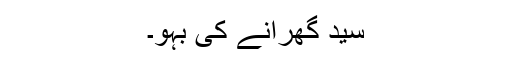
سید گھرانے کی بہو۔